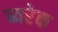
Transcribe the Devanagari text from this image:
ब्यरेक